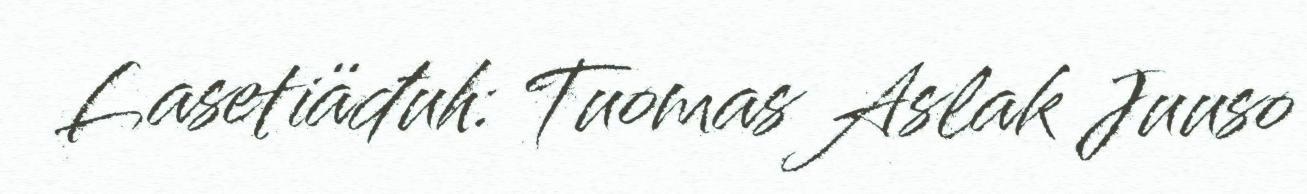
Lasetiäđuh: Tuomas Aslak Juuso